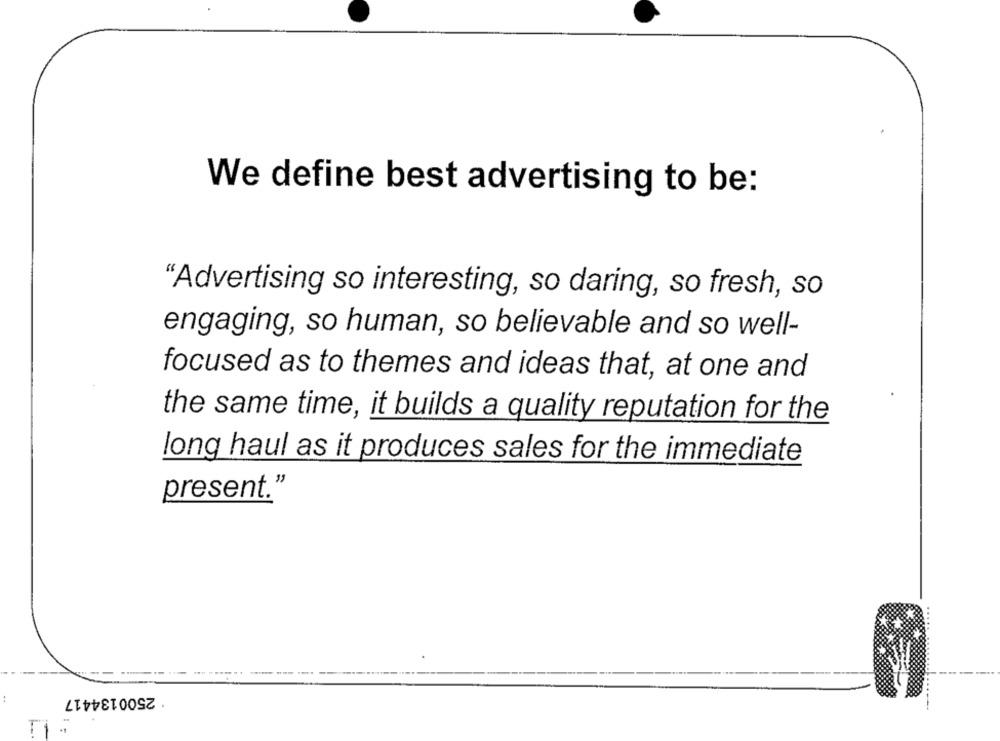
We define best advertising to be:
"Advertising so interesting, so daring, so fresh, so
engaging, so human, so believable and so well-
focused as to themes and ideas that, at one and
the same time, it builds a quality reputation for the
long haul as it produces sales for the immediate
present."
· 2500134417
:
Ti.